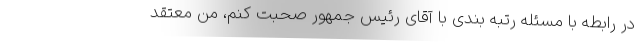
در رابطه با مسئله رتبه بندی با آقای رئیس جمهور صحبت کنم، من معتقد